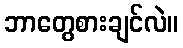
ဘာတွေစားချင်လဲ။